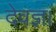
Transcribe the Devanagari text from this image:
देवज्ञ।